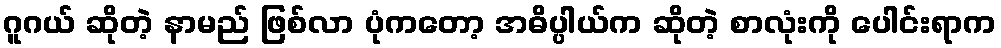
ဂူဂယ် ဆိုတဲ့ နာမည် ဖြစ်လာ ပုံကတော့ အဓိပ္ပါယ်က ဆိုတဲ့ စာလုံးကို ပေါင်းရာက